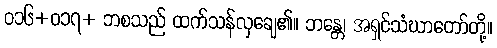
ဝ၁၆+ဝ၁၇+ ဘစသည် ထက်သန်လှချေ၏။ ဘန္တေ၊ အရှင်သံဃာတော်တို့။